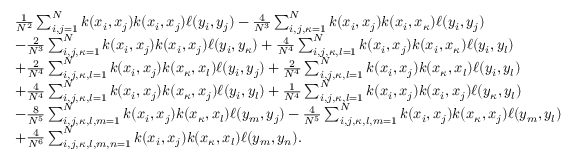
\begin{array} { r l } & { \frac { 1 } { N ^ { 2 } } \sum _ { i , j = 1 } ^ { N } k ( x _ { i } , x _ { j } ) k ( x _ { i } , x _ { j } ) \ell ( y _ { i } , y _ { j } ) - \frac { 4 } { N ^ { 3 } } \sum _ { i , j , \kappa = 1 } ^ { N } k ( x _ { i } , x _ { j } ) k ( x _ { i } , x _ { \kappa } ) \ell ( y _ { i } , y _ { j } ) } \\ & { - \frac { 2 } { N ^ { 3 } } \sum _ { i , j , \kappa = 1 } ^ { N } k ( x _ { i } , x _ { j } ) k ( x _ { i } , x _ { j } ) \ell ( y _ { i } , y _ { \kappa } ) + \frac { 4 } { N ^ { 4 } } \sum _ { i , j , \kappa , l = 1 } ^ { N } k ( x _ { i } , x _ { j } ) k ( x _ { i } , x _ { \kappa } ) \ell ( y _ { i } , y _ { l } ) } \\ & { + \frac { 2 } { N ^ { 4 } } \sum _ { i , j , \kappa , l = 1 } ^ { N } k ( x _ { i } , x _ { j } ) k ( x _ { \kappa } , x _ { l } ) \ell ( y _ { i } , y _ { j } ) + \frac { 2 } { N ^ { 4 } } \sum _ { i , j , \kappa , l = 1 } ^ { N } k ( x _ { i } , x _ { j } ) k ( x _ { \kappa } , x _ { l } ) \ell ( y _ { i } , y _ { l } ) } \\ & { + \frac { 4 } { N ^ { 4 } } \sum _ { i , j , \kappa , l = 1 } ^ { N } k ( x _ { i } , x _ { j } ) k ( x _ { \kappa } , x _ { j } ) \ell ( y _ { i } , y _ { l } ) + \frac { 1 } { N ^ { 4 } } \sum _ { i , j , \kappa , l = 1 } ^ { N } k ( x _ { i } , x _ { j } ) k ( x _ { i } , x _ { j } ) \ell ( y _ { \kappa } , y _ { l } ) } \\ & { - \frac { 8 } { N ^ { 5 } } \sum _ { i , j , \kappa , l , m = 1 } ^ { N } k ( x _ { i } , x _ { j } ) k ( x _ { \kappa } , x _ { l } ) \ell ( y _ { m } , y _ { j } ) - \frac { 4 } { N ^ { 5 } } \sum _ { i , j , \kappa , l , m = 1 } ^ { N } k ( x _ { i } , x _ { j } ) k ( x _ { \kappa } , x _ { j } ) \ell ( y _ { m } , y _ { l } ) } \\ & { + \frac { 4 } { N ^ { 6 } } \sum _ { i , j , \kappa , l , m , n = 1 } ^ { N } k ( x _ { i } , x _ { j } ) k ( x _ { \kappa } , x _ { l } ) \ell ( y _ { m } , y _ { n } ) . } \end{array}